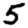
Digit: 5